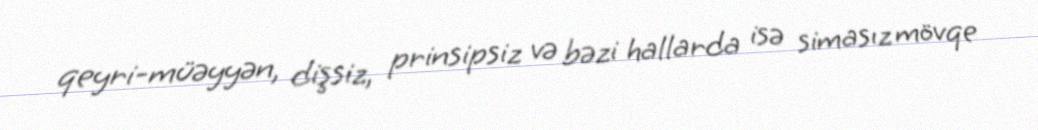
qeyri-müəyyən, dişsiz, prinsipsiz və bəzi hallarda isə simasız mövqe